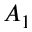
A _ { 1 }